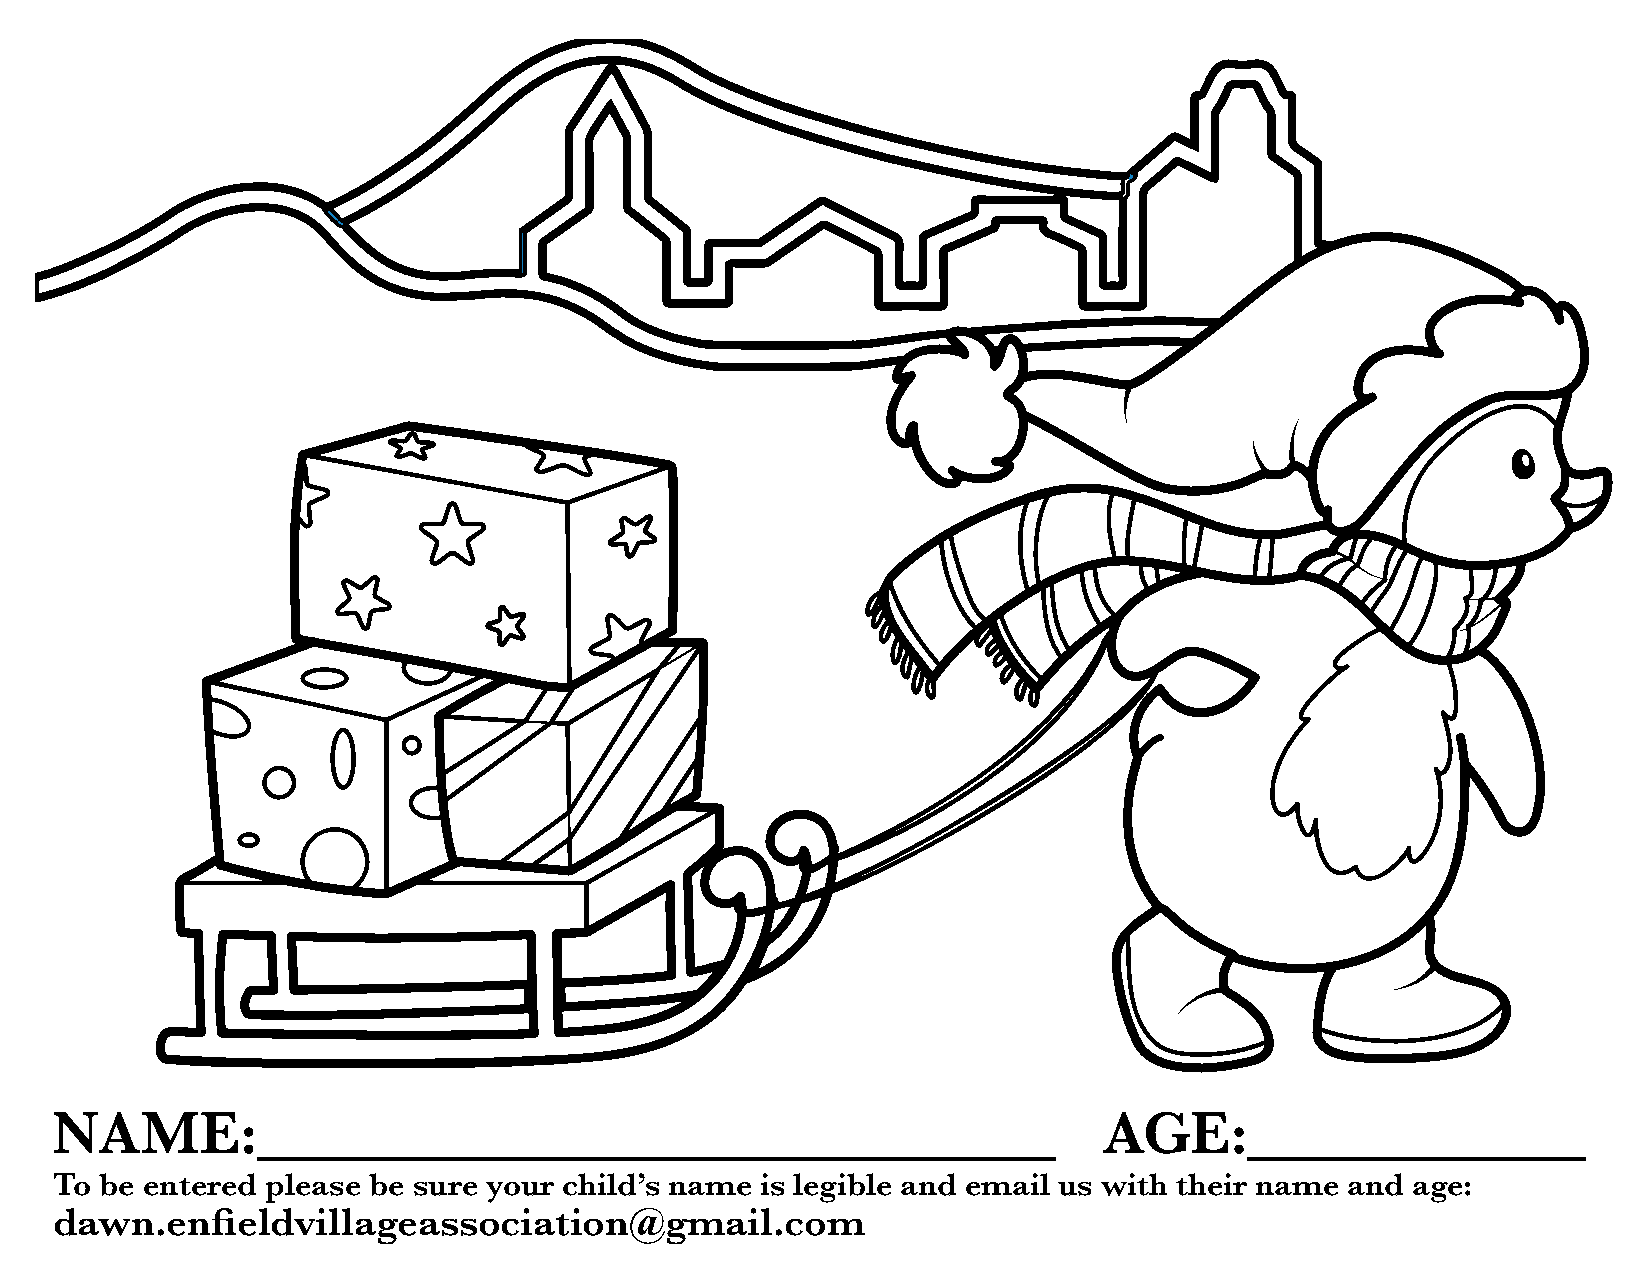
NAME:__________________________                                       AGE:___________
 To be entered please be sure your child’s name is legible and email us with their name and age:
 dawn.enfieldvillageassociation@gmail.com